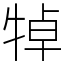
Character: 𤙴